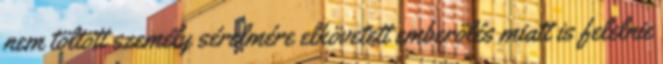
nem töltött személy sérelmére elkövetett emberölés miatt is felelnie